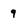
Character: 9